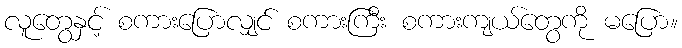
လူတွေနှင့် စကားပြောလျှင် စကားကြီး စကားကျယ်တွေကို မပြော။